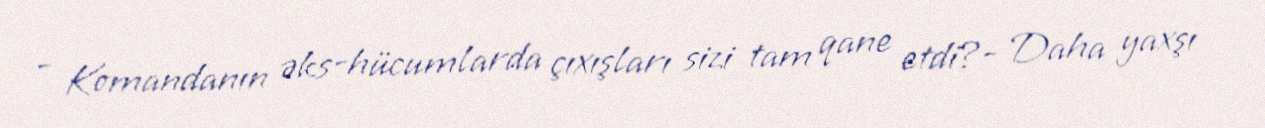
- Komandanın əks-hücumlarda çıxışları sizi tam qane etdi?- Daha yaxşı